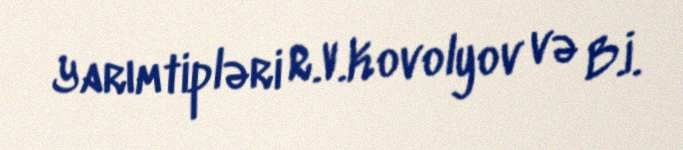
Yarımtipləri R.V.Kovolyov və B.İ.